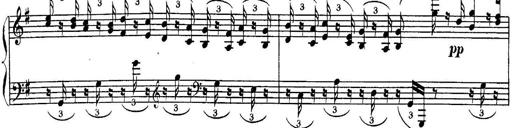
Title: Sonatina for Piano
Composer: BÃ©la BartÃ³k